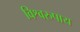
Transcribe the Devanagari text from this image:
विश्वरुपाय